Code of medical and sanitary regulations for the guidance of medical officers serving in the Madras Presidency - Volume I
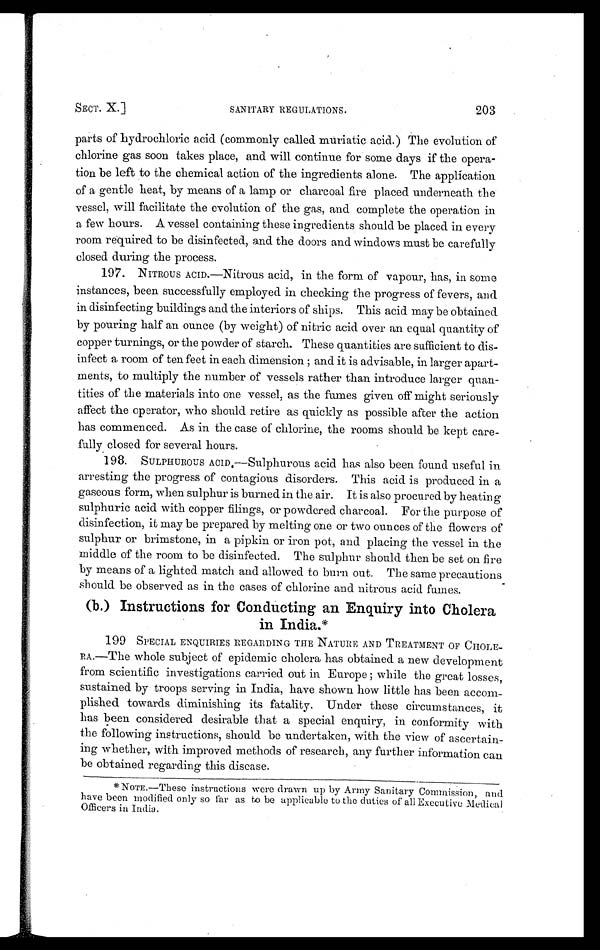
SECT. X.]
SANITARY REGULATIONS.
203
parts of hydrochloric acid (commonly called muriatic acid.) The evolution of
chlorine gas soon takes place, and will continue for some days if the opera-
tion be left to the chemical action of the ingredients alone. The application
of a gentle heat, by means of a lamp or charcoal fire placed underneath the
vessel, will facilitate the evolution of the gas, and complete the operation in
a few hours. A vessel containing these ingredients should be placed in every
room required to be disinfected, and the doors and windows must be carefully
closed during the process.
197. NITROUS ACID.—Nitrous acid, in the form of vapour, has, in some
instances, been successfully employed in checking the progress of fevers, and
in disinfecting buildings and the interiors of ships. This acid may be obtained
by pouring half an ounce (by weight) of nitric acid over an equal quantity of
copper turnings, or the powder of starch. These quantities are sufficient to dis-
infect a room of ten feet in each dimension ; and it is advisable, in larger apart-
ments, to multiply the number of vessels rather than introduce larger quan-
tities of the materials into one vessel, as the fumes given off might seriously
affect the operator, who should retire as quickly as possible after the action
has commenced. As in the case of chlorine, the rooms should be kept care-
fully closed for several hours.
198. SULPHUROUS ACID.—Sulphurous acid has also been found useful in
arresting the progress of contagious disorders. This acid is produced in a
gaseous form, when sulphur is burned in the air. It is also procured by heating
sulphuric acid with copper filings, or powdered charcoal. For the purpose of
disinfection, it may be prepared by melting one or two ounces of the flowers of
sulphur or brimstone, in a pipkin or iron pot, and placing the vessel in the
middle of the room to be disinfected. The sulphur should then be set on fire
by means of a lighted match and allowed to burn out. The same precautions
should be observed as in the cases of chlorine and nitrous acid fumes.
(b.) Instructions for Conducting an Enquiry into Cholera
in India.*
199 SPECIAL ENQUIRIES REGARDING THE NATURE AND TREATMENT OF CHOLE-
RA.—The whole subject of epidemic cholera has obtained a new development
from scientific investigations carried out in Europe ; while the great losses,
sustained by troops serving in India, have shown how little has been accom-
plished towards diminishing its fatality. Under these circumstances, it
has been considered desirable that a special enquiry, in conformity with
the following instructions, should be undertaken, with the view of ascertain-
ing whether, with improved methods of research, any further information can
be obtained regarding this disease.
*NOTE.—These instructions were drawn up by Army Sanitary Commission, and
have been modified only so far as to be applicable to the duties of all Executive Medical
Officers in India.